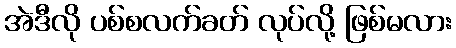
အဲဒီလို ပစ်စလက်ခတ် လုပ်လို့ ဖြစ်မလား